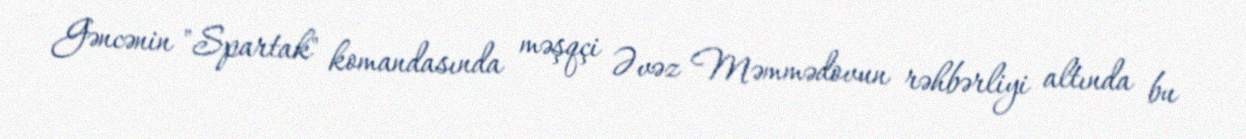
Gəncənin "Spartak" komandasında məşqçi Əvəz Məmmədovun rəhbərliyi altında bu